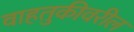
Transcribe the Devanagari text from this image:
वाहतुकीवरील